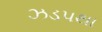
ઝડપથા